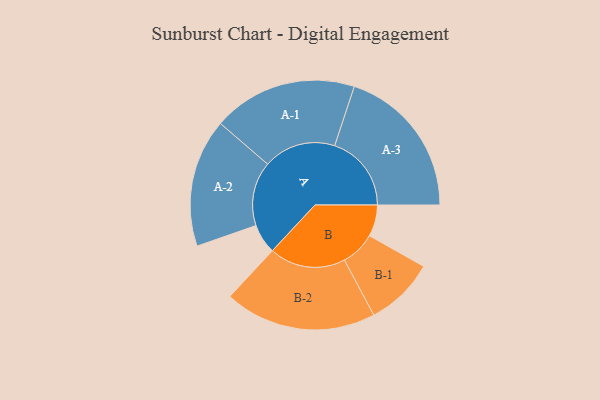
{"axis": {"x": "Segment", "y": "Value"}, "legend": ["", "A", "B"], "data": [{"x": "A", "y": 102, "type": ""}, {"x": "B", "y": 108, "type": ""}, {"x": "A-1", "y": 248, "type": "A"}, {"x": "A-2", "y": 220, "type": "A"}, {"x": "A-3", "y": 263, "type": "A"}, {"x": "B-1", "y": 119, "type": "B"}, {"x": "B-2", "y": 261, "type": "B"}]}